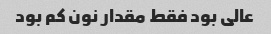
عالی بود فقط مقدار نون کم بود